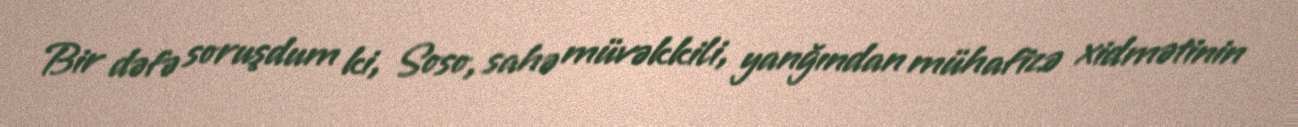
Bir dəfə soruşdum ki, Soso, sahə müvəkkili, yanğından mühafizə xidmətinin